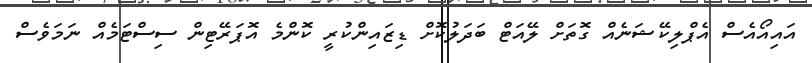
އައިއޯއެސް އެޕްލިކޭޝަނެއް ގޮތަށް ލޭއަޓް ބަދަލުކޮށް ޑިޒައިންކުރީ ކޮންމެ އޮޕަރޭޓިން ސިސްޓަމެއް ނަމަވެސް